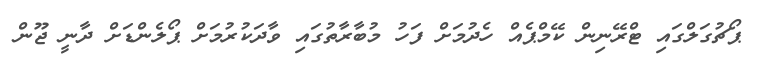
ޕޯޗުގަލްގައި ޓްރޭނިން ކޭމްޕެއް ހެދުމަށް ފަހު މުބާރާތުގައި ވާދަކުރުމަށް ޕޯލެންޑަށް ދާނީ ޖޫން